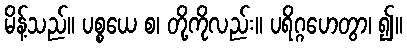
မိန့်သည်။ ပစ္စယေ စ၊ တို့ကိုလည်း။ ပရိဂ္ဂဟေတွာ၊ ၍။